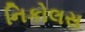
નિકોલસ